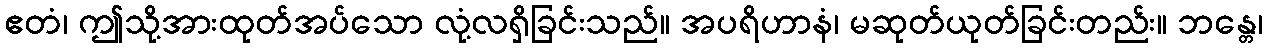
ဧတံ၊ ဤသို့အားထုတ်အပ်သော လုံ့လရှိခြင်းသည်။ အပရိဟာနံ၊ မဆုတ်ယုတ်ခြင်းတည်း။ ဘန္တေ၊